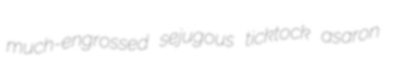
much-engrossed sejugous ticktock asaron